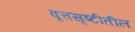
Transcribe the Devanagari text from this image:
वृत्तसृष्टीतील